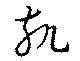
軓